Vaccination in the Punjab 1883-1896 - 1883-1896
Year: 1883
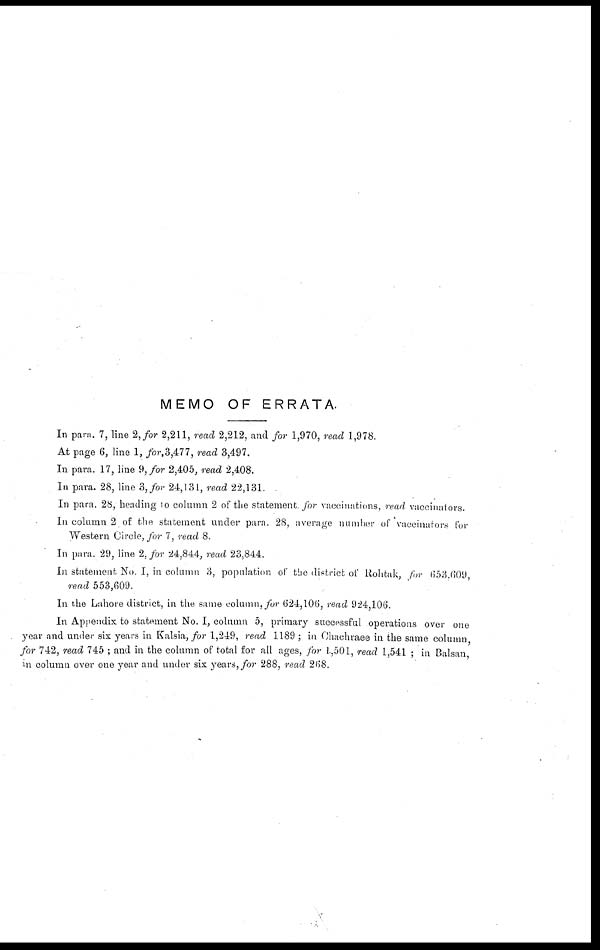
MEMO OF ERRATA.
In para. 7, line 2, for 2,211, read 2,212, and for 1,970, read 1,978.
At page 6, line 1, for 3,477, read 3,497.
In para. 17, line 9, for 2,405, read 2,408.
In para. 28, line 3, for 24,131, read 22,131.
In para. 28, heading to column 2 of the statement for vaccinations, read vaccinators.
In column 2 of the statement under para. 28, average number of vaccinators for
Western Circle, for 7, read 8.
In para. 29, line 2, for 24,844, read 23,844.
In statement No. I, in column 3, population of the district of Rohtak, for 653.609,
read 553,609.
In the Lahore district, in the same column, for 624,106, read 924,106.
In Appendix to statement No. I, column 5, primary successful operations over one
year and under six years in Kalsia, for 1,249, read 1189; in Chachraee in the same column
for 742, read 745; and in the column of total for all ages, for 1,501, read 1,541 ; in Balsan,
in column over one year and under six years, for 288, read 268.